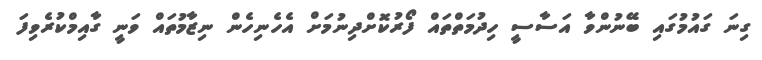
ގިނަ ގައުމުގައި ބޭނުންވާ އަސާސީ ހިދުމަތްތައް ފޯރުކޮށްދިނުމަށް އެހެނިހެން ނިޒާމުތައް ވަނީ ގާއިމްކުރެވިފަ